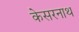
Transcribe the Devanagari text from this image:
केसरनाथ